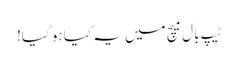
ٹیپ بال میچ میں یہ کیا ہو گیا!